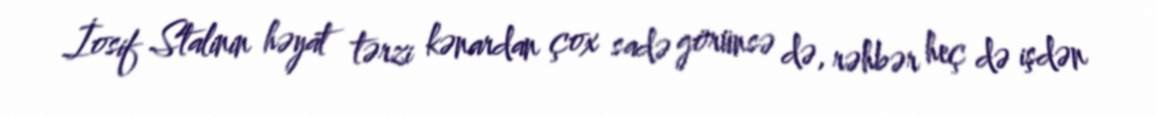
İosif Stalinin həyat tərzi kənardan çox sadə görünsə də, rəhbər heç də işdən